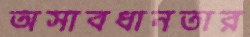
অসাবধানতার